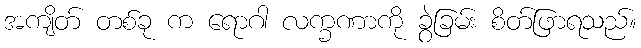
အကျိတ် တစ်ခု က ရောဂါ လက္ခဏာကို ခွဲခြမ်း စိတ်ဖြာရသည်။